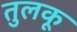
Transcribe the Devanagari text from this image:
तुलकू